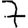
Digit: 7